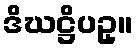
ဒိဃဋ္ဌိပဥှ။